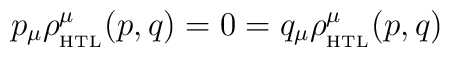
p_\mu \rho_{_{\rm HTL}}^\mu(p,q) = 0 =   q_\mu \rho_{_{\rm HTL}}^\mu(p,q)\,